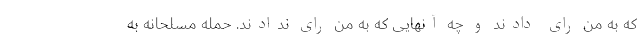
که به من رای دادند و چه آنهایی که به من رای ندادند. حمله مسلحانه به